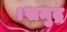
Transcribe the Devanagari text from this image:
।समुद्र